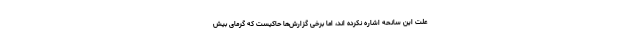
علت این سانحه اشاره نکرده اند، اما برخی گزارش‌ها حاکیست که گرمای بیش